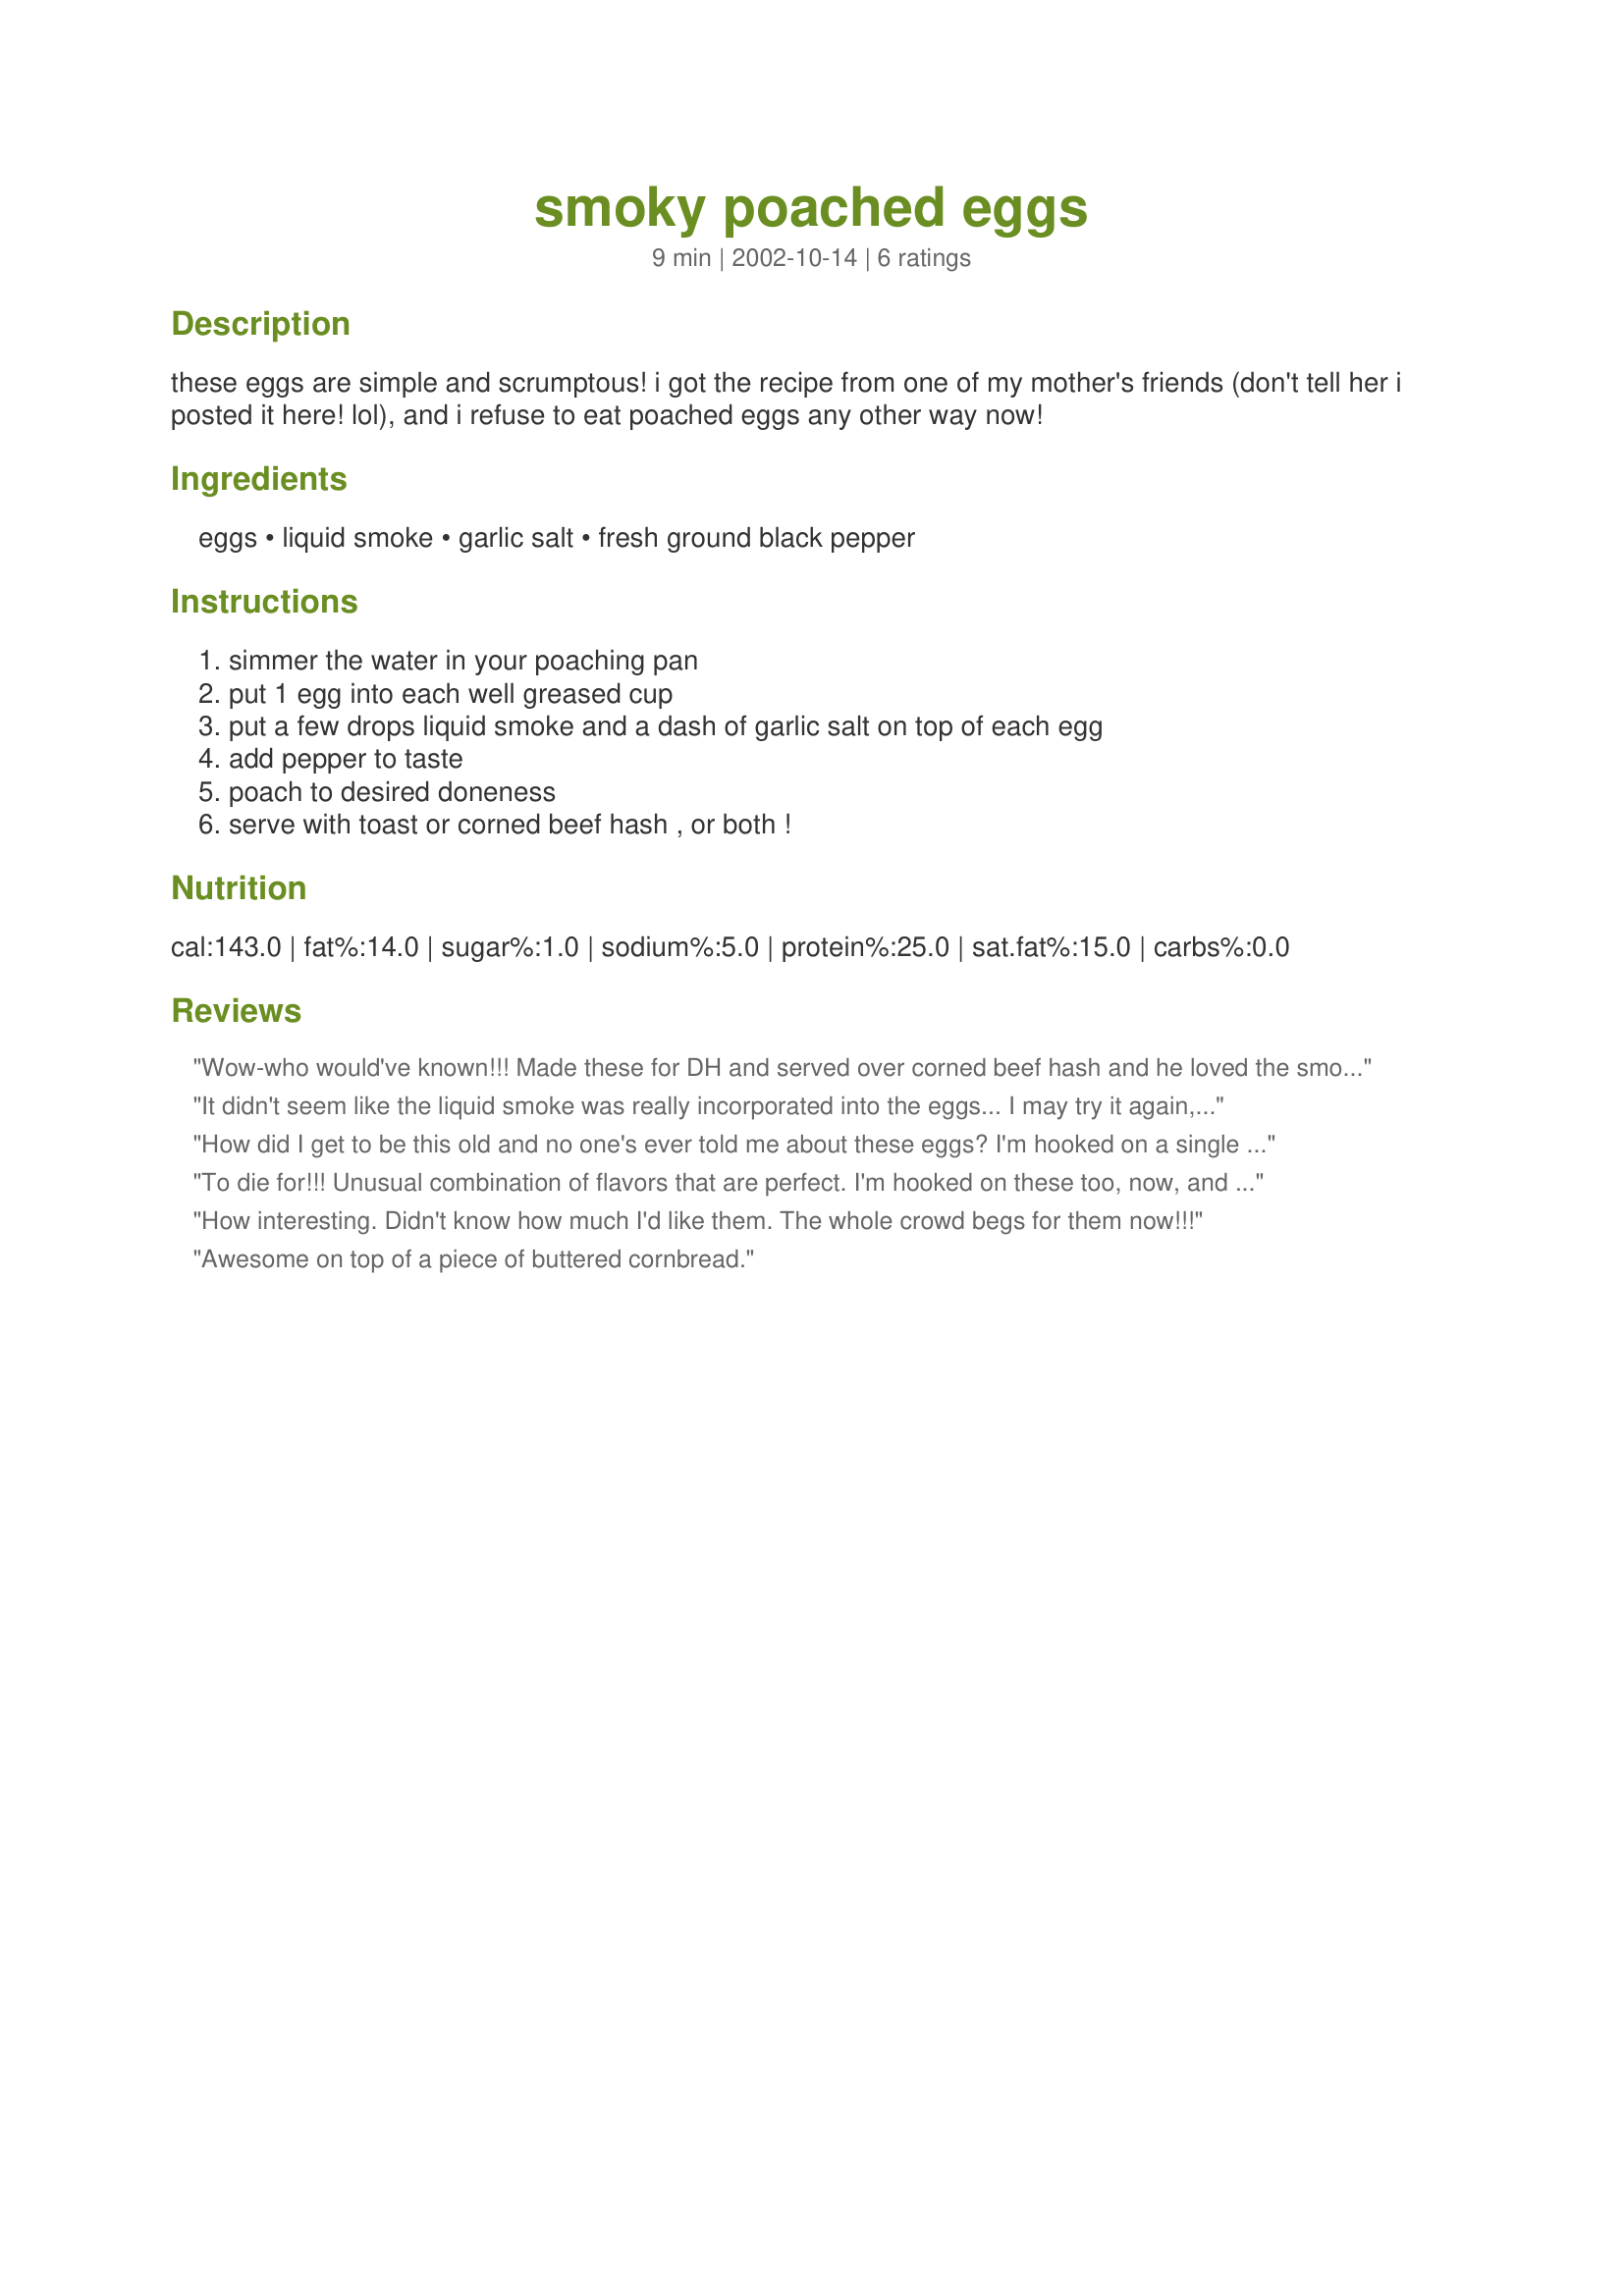
smoky poached eggs
Preparation time: 9 minutes

these eggs are simple and scrumptous! i got the recipe from one of my mother's friends (don't tell her i posted it here! lol), and i refuse to eat poached eggs any other way now!

Ingredients:
eggs, liquid smoke, garlic salt, fresh ground black pepper

Steps:
simmer the water in your poaching pan, put 1 egg into each well greased cup, put a few drops liquid smoke and a dash of garlic salt on top of each egg, add pepper to taste, poach to desired doneness, serve with toast or corned beef hash , or both !

Reviews:
Wow-who would've known!!! Made these for DH and served over corned beef hash and he loved the smoky flavor of the eggs. Easy and flavorful! Only change was that I cooked in microwave. Thank you for a great recipe!!!
It didn't seem like the liquid smoke was really incorporated into the eggs... I may try it again, or I will use that general idea and take it to scrambled eggs.
How did I get to be this old and no one's ever told me about these eggs? I'm hooked on a single dose!
To die for!!! Unusual combination of flavors that are perfect. I'm hooked on these too, now, and can't figure out why this isn't the basic poached egg recipe for all time. THANK YOU!!
How interesting. Didn't know how much I'd like them. The whole crowd begs for them now!!!
Awesome on top of a piece of buttered cornbread.
